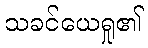
သခင်ယေရှု၏